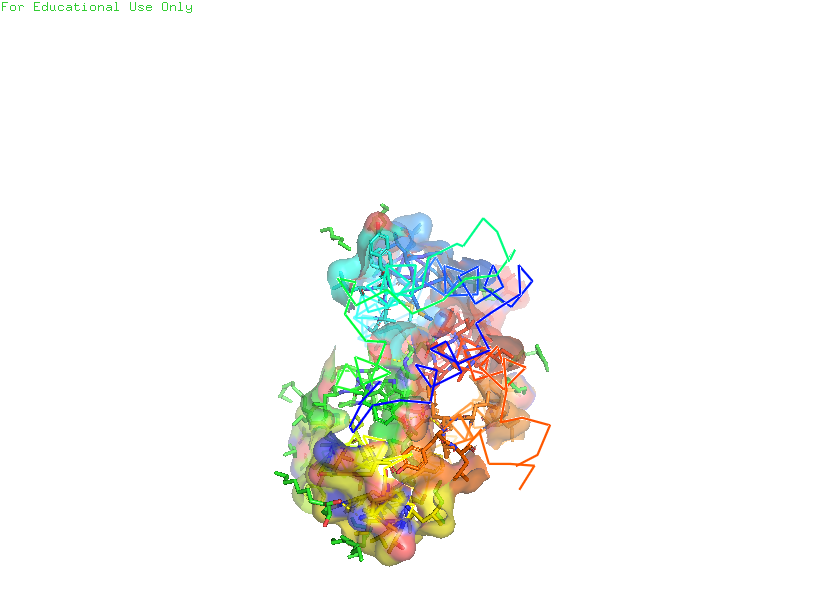
pymol, preset, ligand_sites_trans